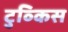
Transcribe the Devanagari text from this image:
टुव्किस